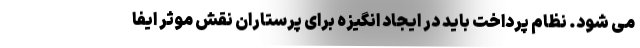
می شود. نظام پرداخت باید در ایجاد انگیزه برای پرستاران نقش موثر ایفا